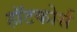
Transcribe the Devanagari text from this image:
हॉटकोर्स